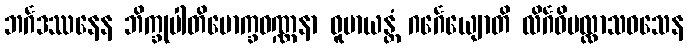
ဘင်္ဂဒဿနေန ဘိက္ခုပါတိမောက္ခဝဏ္ဏနာ ဓူမာယန္တံ ဂင်္ဂေယျောတိ လိင်္ဂဝိပလ္လာသဝသေန